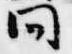
問